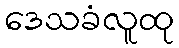
ဒေသခံလူထု